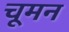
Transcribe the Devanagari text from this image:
चूमन